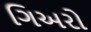
ગિઅરો